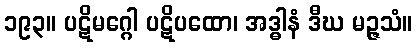
၁၉၃။ ပဋိမဂ္ဂေါ ပဋိပထော၊ အဒ္ဓါနံ ဒီဃ မဉ္ဇသံ။